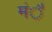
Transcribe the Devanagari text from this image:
मंै